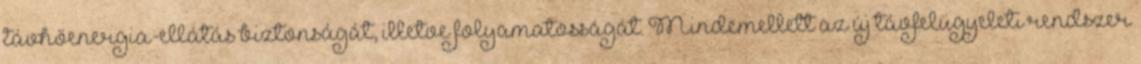
távhőenergia-ellátás biztonságát, illetve folyamatosságát. Mindemellett az új távfelügyeleti rendszer